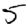
Digit: 5